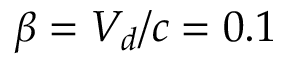
\beta = V _ { d } / c = 0 . 1